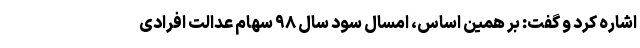
اشاره کرد و گفت: بر همین اساس، امسال سود سال ۹۸ سهام عدالت افرادی